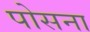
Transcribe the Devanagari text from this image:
पोसना